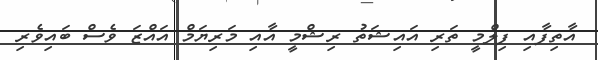
އާތިފާއި ފިލްމީ ތަރި އައިޝަތު ރިޝްމީ އާއި މަރިޔަމް އައްޒަ ވެސް ބައިވެރި